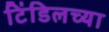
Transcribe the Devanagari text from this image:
टिंडिलच्या